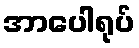
အာပေါရုပ်